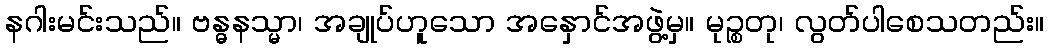
နဂါးမင်းသည်။ ဗန္ဓနသ္မာ၊ အချုပ်ဟူသော အနှောင်အဖွဲ့မှ။ မုဉ္စတု၊ လွတ်ပါစေသတည်း။